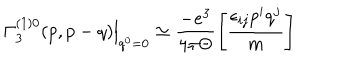
LaTeX: \left. \Gamma _ { 3 } ^ { ( 1 ) 0 } ( p , p - q ) \right| _ { q ^ { 0 } = 0 } \simeq \frac { - e ^ { 3 } } { 4 \pi \Theta } \left[ \frac { \epsilon _ { i j } p ^ { i } q ^ { j } } m \right]